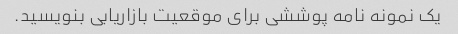
یک نمونه نامه پوششی برای موقعیت بازاریابی بنویسید.